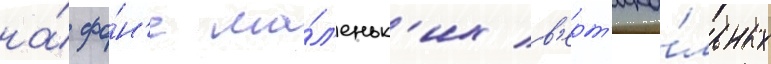
на́ фо́н'е ма́л'еньк'их в'ерт'ика́льных